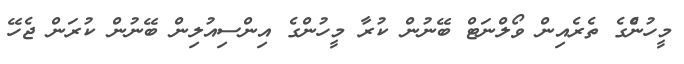
މީހުންެގެ ތެރެއިން ވޯލްނަޓް ބޭނުން ކުރާ މީހުންގެ އިންސިއުލިން ބޭނުން ކުރަން ޖެހޭ